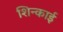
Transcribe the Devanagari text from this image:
शिन्काई